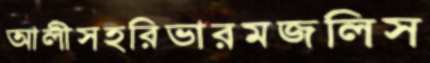
আলীসহরিভারমজলিস